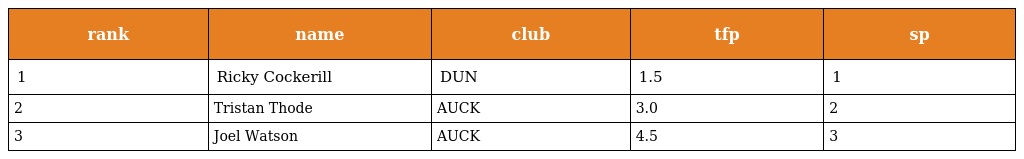
| rank | name | club | tfp | sp |
 | --- | --- | --- | --- | --- |
 | 1 | Ricky Cockerill | DUN | 1.5 | 1 |
 | 2 | Tristan Thode | AUCK | 3.0 | 2 |
 | 3 | Joel Watson | AUCK | 4.5 | 3 |